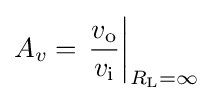
{A_{v}}=\left.{\frac {v_{\text{o}}}{v_{\text{i}}}}\right|_{R_{\text{L}}=\infty }